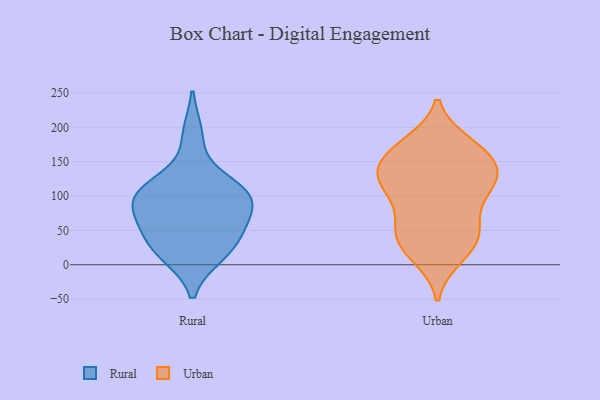
{"axis": {"x": "Churn Rate (%)", "y": "Value"}, "legend": ["Rural", "Urban"], "data": [{"x": "", "y": 61, "type": "Rural"}, {"x": "", "y": 105, "type": "Rural"}, {"x": "", "y": 51, "type": "Rural"}, {"x": "", "y": 30, "type": "Rural"}, {"x": "", "y": 18, "type": "Rural"}, {"x": "", "y": 73, "type": "Rural"}, {"x": "", "y": 92, "type": "Rural"}, {"x": "", "y": 109, "type": "Rural"}, {"x": "", "y": 189, "type": "Rural"}, {"x": "", "y": 15, "type": "Rural"}, {"x": "", "y": 105, "type": "Rural"}, {"x": "", "y": 108, "type": "Rural"}, {"x": "", "y": 63, "type": "Urban"}, {"x": "", "y": 132, "type": "Urban"}, {"x": "", "y": 117, "type": "Urban"}, {"x": "", "y": 176, "type": "Urban"}, {"x": "", "y": 165, "type": "Urban"}, {"x": "", "y": 118, "type": "Urban"}, {"x": "", "y": 47, "type": "Urban"}, {"x": "", "y": 165, "type": "Urban"}, {"x": "", "y": 99, "type": "Urban"}, {"x": "", "y": 18, "type": "Urban"}, {"x": "", "y": 171, "type": "Urban"}, {"x": "", "y": 119, "type": "Urban"}, {"x": "", "y": 139, "type": "Urban"}, {"x": "", "y": 62, "type": "Urban"}, {"x": "", "y": 12, "type": "Urban"}, {"x": "", "y": 119, "type": "Urban"}, {"x": "", "y": 147, "type": "Urban"}, {"x": "", "y": 37, "type": "Urban"}, {"x": "", "y": 38, "type": "Urban"}]}